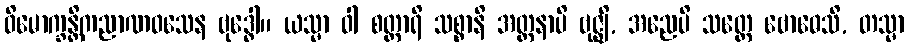
ဝိမောက္ခန္တိကညာဏဝသေန ဗုဒ္ဓေါ။ ယသ္မာ ဝါ စတ္တာရိ သစ္စာနိ အတ္တနာပိ ဗုဇ္ဈိ, အညေပိ သတ္တေ ဗောဓေသိ, တသ္မာ